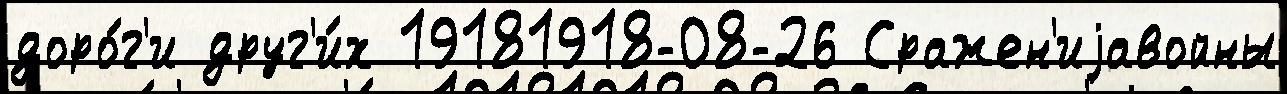
доро́г'и друг'и́х 19181918-08-26 Сражен'иjавойны